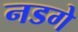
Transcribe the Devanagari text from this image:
नडगे